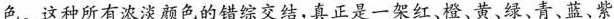
色。这种所有浓淡颜色的错综交结，真正是一架红、橙、黄、绿、青、蓝、紫